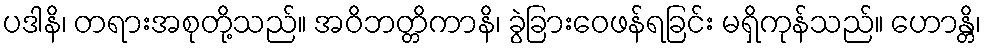
ပဒါနိ၊ တရားအစုတို့သည်။ အဝိဘတ္တိကာနိ၊ ခွဲခြားဝေဖန်ရခြင်း မရှိကုန်သည်။ ဟောန္တိ၊